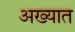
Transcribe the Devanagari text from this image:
अख्यात